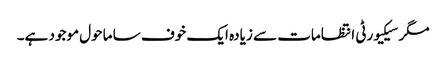
مگر سیکیورٹی انتظامات سے زیادہ ایک خوف سا ماحول موجود ہے۔